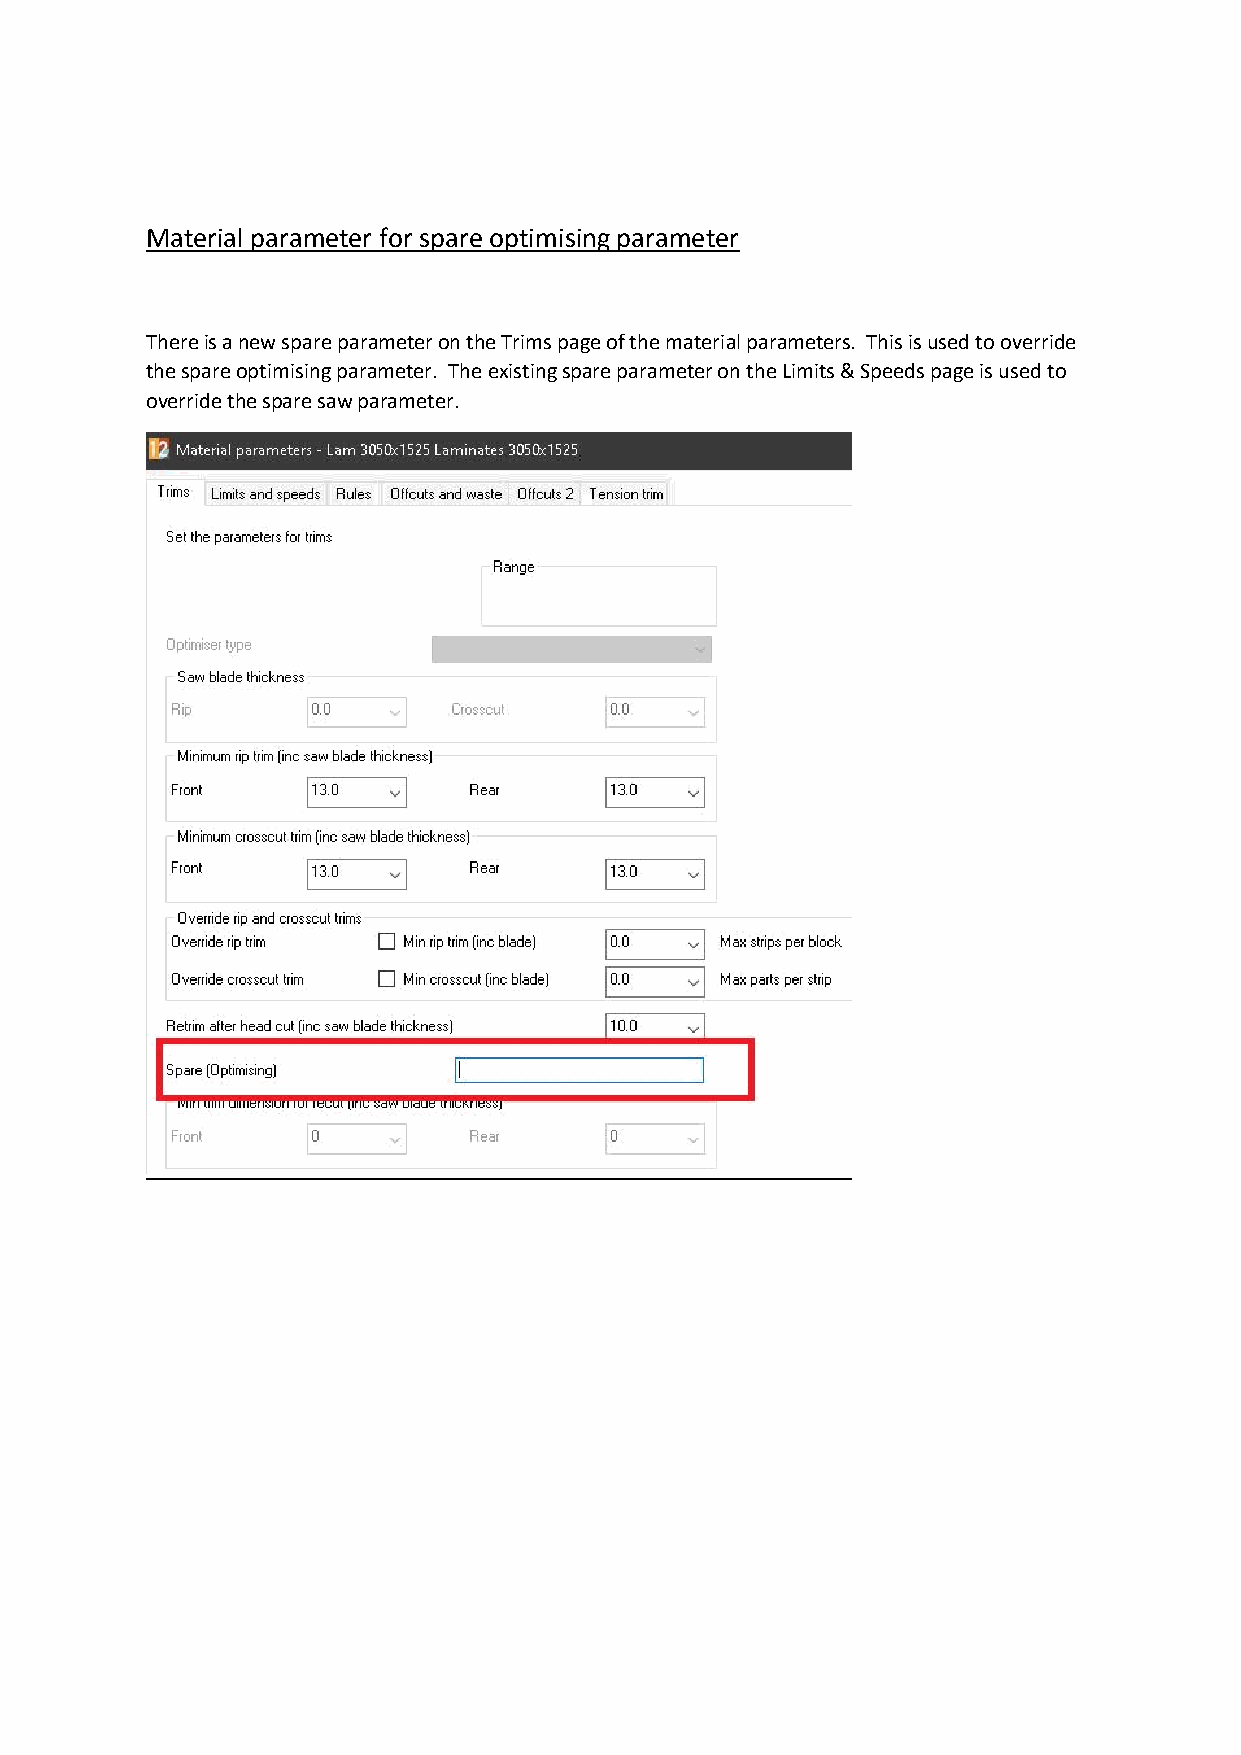
Material parameter for spare optimising parameter
 Thereis a new spare parameter on the Trims page of the material parameters. This is used to override
 the spare optimising parameter. Theexistingspare parameter on the Limits & Speeds page is used to
 override the spare saw parameter.